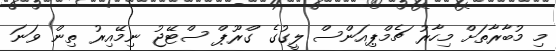
މި މުބާރާތަށް މިހާރު ޗެމްޕިއަންސް ލީގުގެ ގްރޫޕް ސްޓޭޖު ނިމޭއިރު ތިން ވަނަ